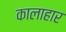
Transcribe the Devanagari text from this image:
कालाहार